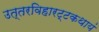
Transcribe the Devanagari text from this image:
उत्तरविहारट्टकथायं